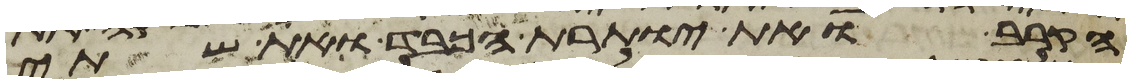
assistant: הקרב ואת יותרת הכבד ואת שתי